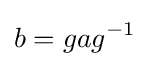
b=gag^{-1}